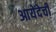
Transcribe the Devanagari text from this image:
आयेंदेची